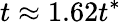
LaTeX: t\approx 1.62t^{*}